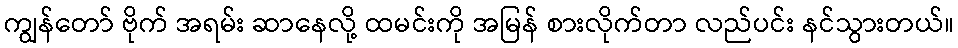
ကျွန်တော် ဗိုက် အရမ်း ဆာနေလို့ ထမင်းကို အမြန် စားလိုက်တာ လည်ပင်း နင်သွားတယ်။